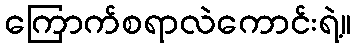
ကြောက်စရာလဲကောင်းရဲ့။